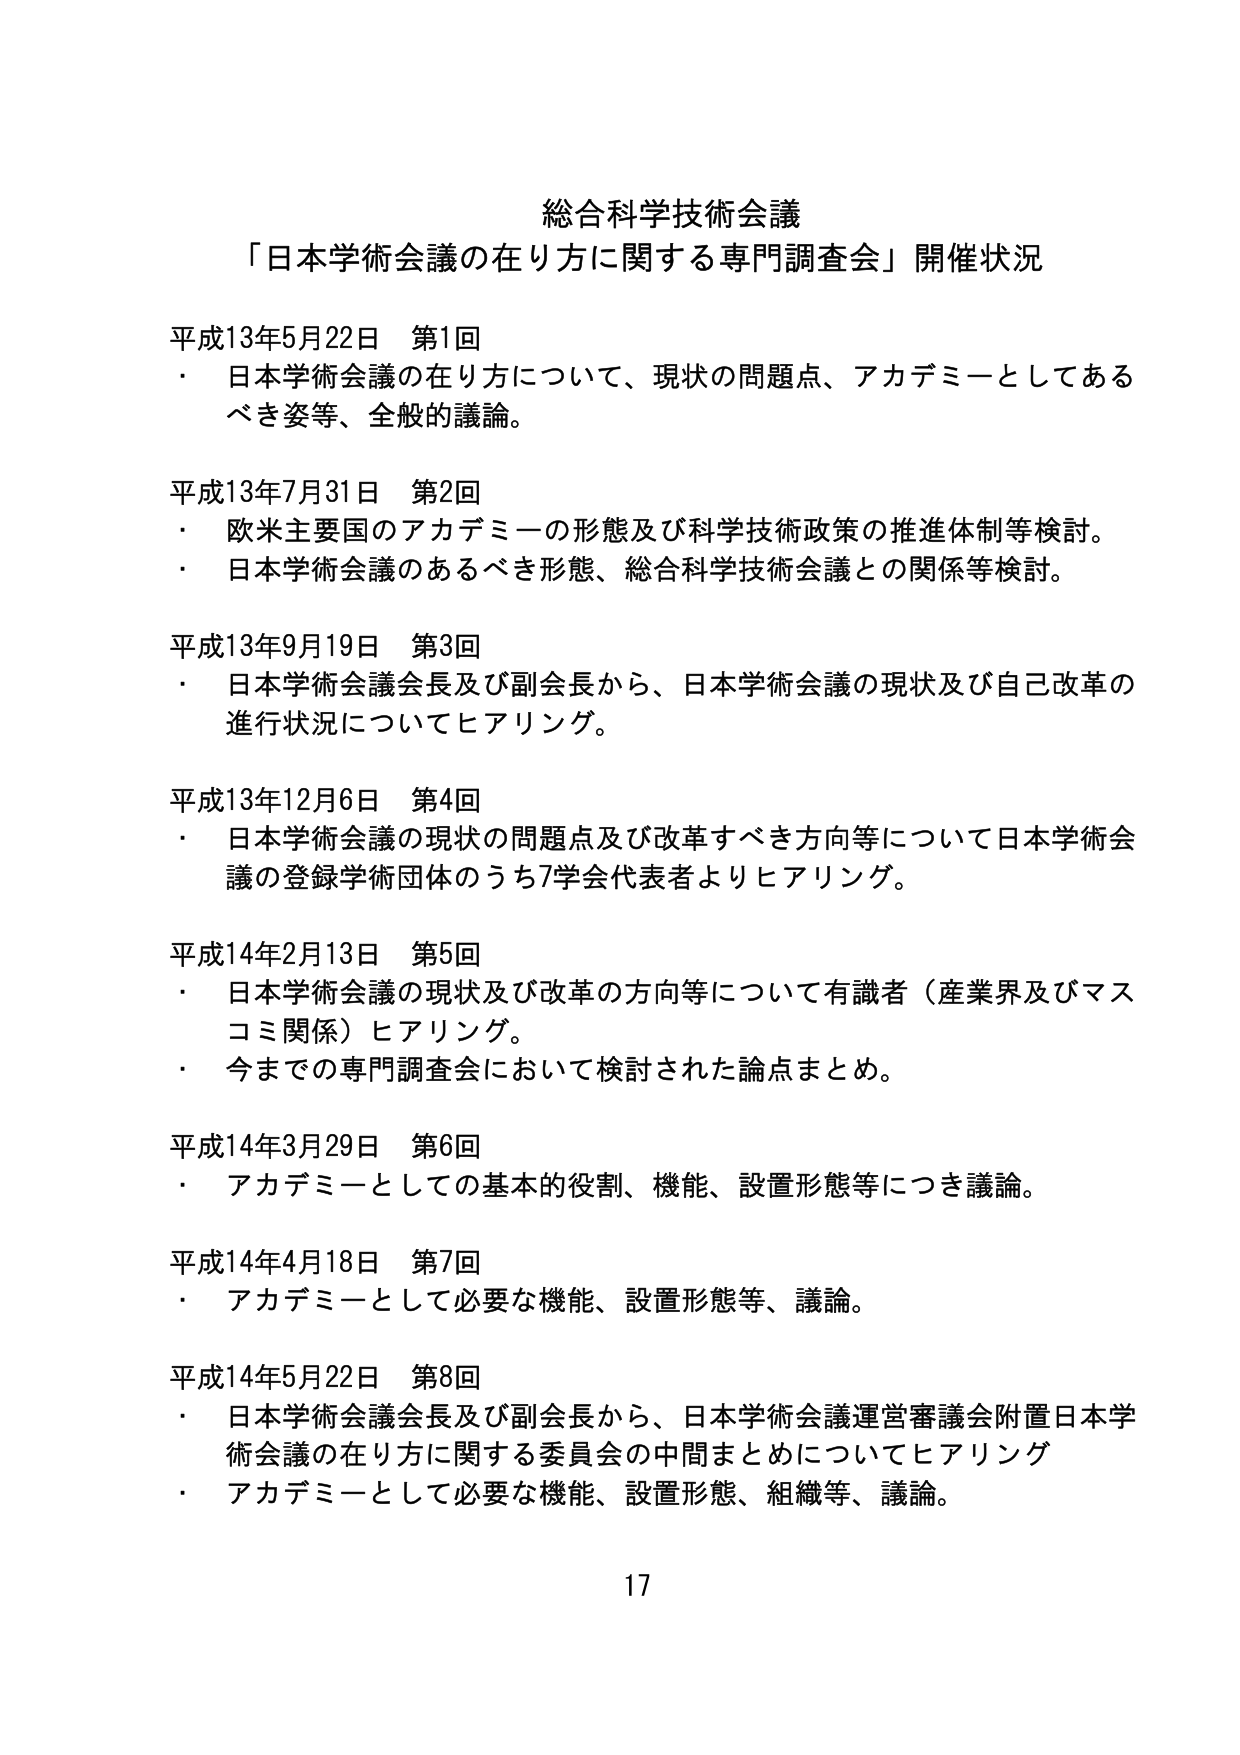
総合科学技術会議
「日本学術会議の在り方に関する専門調査会」開催状況

平成13年5月22日 第1回
・ 日本学術会議の在り方について、現状の問題点、アカデミーとしてあるべき姿等、全般的議論。

平成13年7月31日 第2回
・ 欧米主要国のアカデミーの形態及び科学技術政策の推進体制等検討。
・ 日本学術会議のあるべき形態、総合科学技術会議との関係等検討。

平成13年9月19日 第3回
・ 日本学術会議会長及び副会長から、日本学術会議の現状及び自己改革の進行状況についてヒアリング。

平成13年12月6日 第4回
・ 日本学術会議の現状の問題点及び改革すべき方向等について日本学術会議の登録学術団体のうち7学会代表者よりヒアリング。

平成14年2月13日 第5回
・ 日本学術会議の現状及び改革の方向等について有識者（産業界及びマスコミ関係）ヒアリング。
・ 今までの専門調査会において検討された論点まとめ。

平成14年3月29日 第6回
・ アカデミーとしての基本的役割、機能、設置形態等につき議論。

平成14年4月18日 第7回
・ アカデミーとして必要な機能、設置形態等、議論。

平成14年5月22日 第8回
・ 日本学術会議会長及び副会長から、日本学術会議運営審議会附置日本学術会議の在り方に関する委員会の中間まとめについてヒアリング
・ アカデミーとして必要な機能、設置形態、組織等、議論。

17